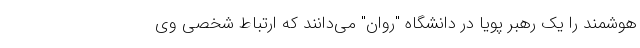
هوشمند را یک رهبر پویا در دانشگاه "روان" می‌دانند که ارتباط شخصی وی